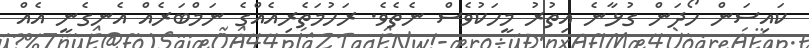
ކައިސަން ހޯދަން ގުޅާނެ އިތުރު މީހަކުވެސް ނެތެވެ. ރަހުމަތެރިއެއްގެ ނަމްބަރެއް އެނގެނީ އެއް